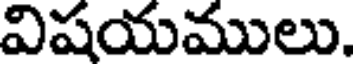
విషయములు.